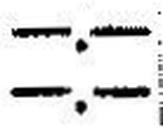
—.—